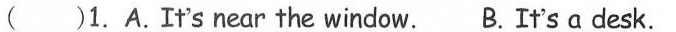
( )1. A.It's near the window. B.It's a desk.